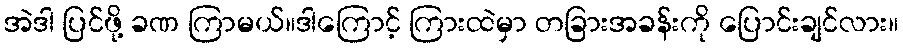
အဲဒါ ပြင်ဖို့ ခဏ ကြာမယ်။ဒါကြောင့် ကြားထဲမှာ တခြားအခန်းကို ပြောင်းချင်လား။